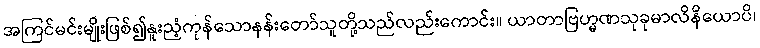
အကြင်မင်းမျိုးဖြစ်၍နူးညံ့ကုန်သောနန်းတော်သူတို့သည်လည်းကောင်း။ ယာတာဗြဟ္မဏသုခုမာလိနိယောပိ၊